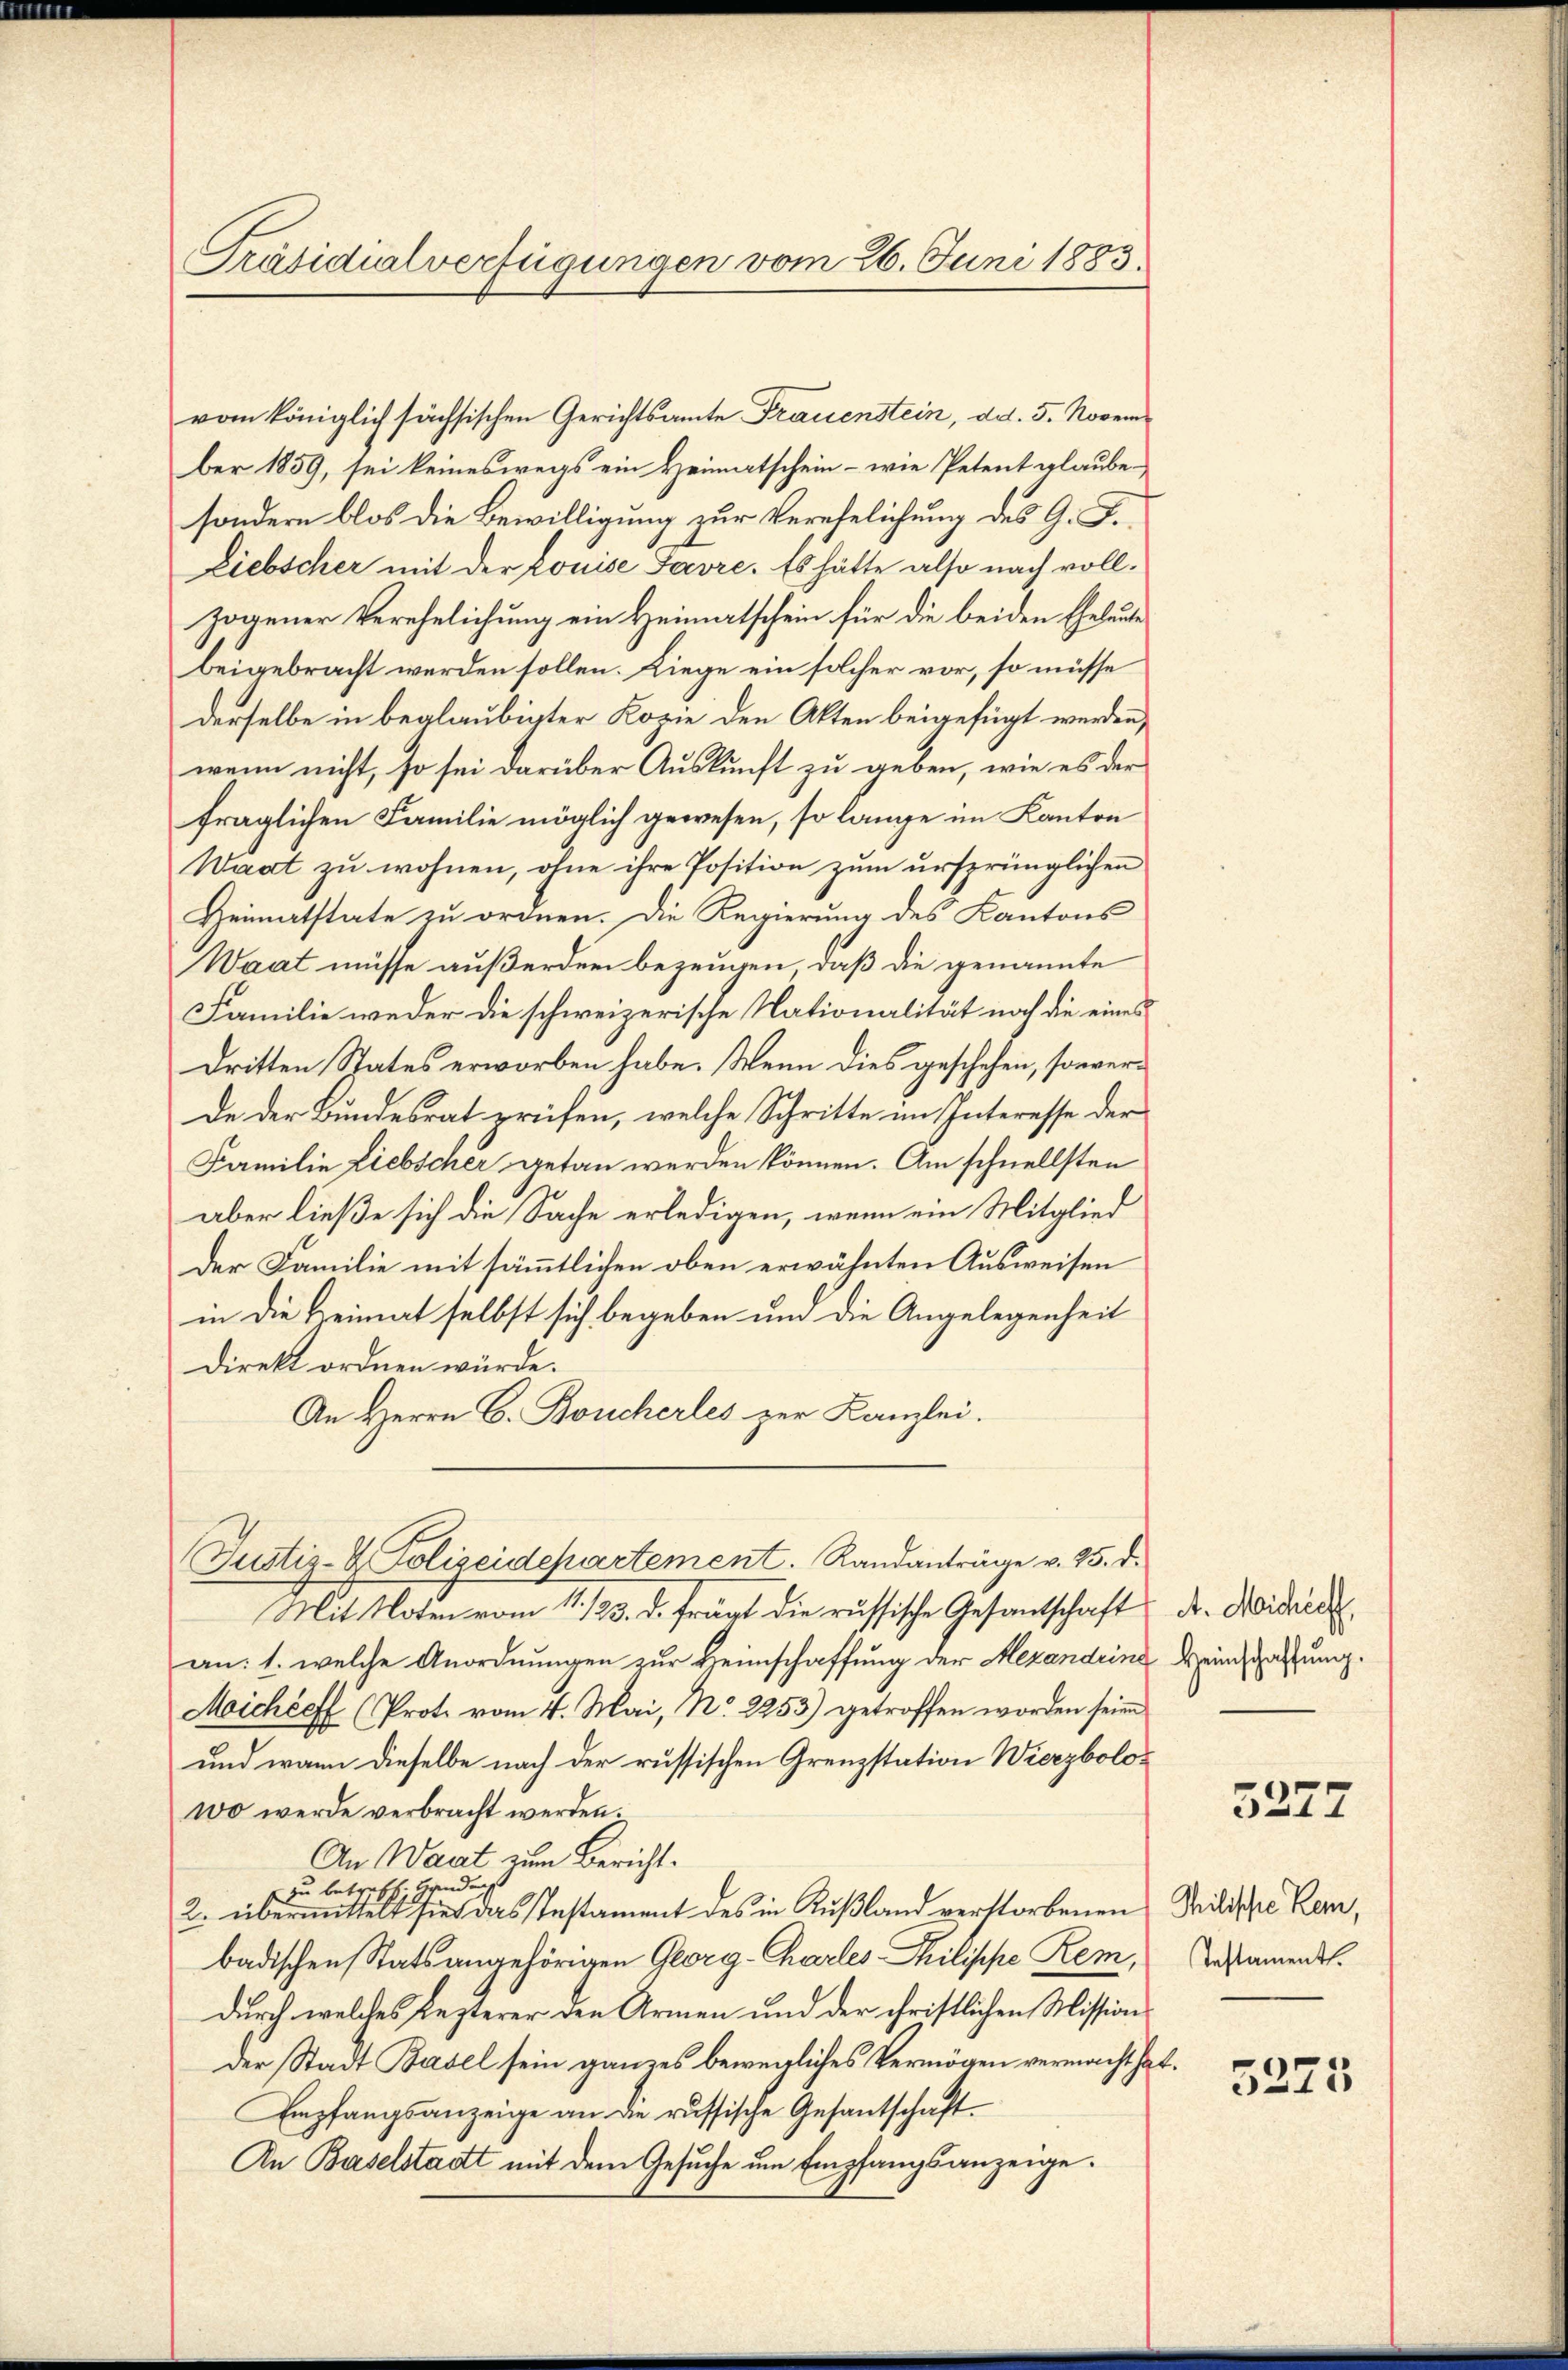
Präsidialverfügungen vom 26. Juni 1883.

ber 1859, sei keineswegs ein Heimatschein – wie Petent glaube-
sondern blos die Bewilligung zur Verehelichung des G. F.
Liebscher mit der Louise Favre. Es hätte also nach vollzogener Verehelichung ein Heimatschein für die beiden Eheleute
beigebracht werden sollen. Liege ein solcher vor, so müsse
derselbe in beglaubigter Kopie den Akten beigefügt werden,
wenn nicht, so sei darüber Auskunft zu geben, wie es der
fraglichen Familie möglich gewesen, so lange im Kanton
Waat zu wohnen, ohne ihre Position zum ursprünglichen
Heimatstate zu ordnen. Die Regierung des Kantons
Waat müsse außerden bezeugen, daß die genannte
Familie weder die schweizerische Nationalität noch die eines
Dritten States erworben habe. Wenn dies geschehen, sowerde der Bundesrat prüfen, welche Schritte im Interesse der
Familie Liebscher getan werden können. Am schnellsten
aber ließe sich die Sache erledigen, wenn ein Mitglied
Der Familie mit sämmtlichen oben erwähnten Ausweisen
in die Heimat selbst sich begeben um die Angelegenheit
direkt ordnen würde.
An Herrn C. Boucherles zur Kanzlei.

vom königlich sächsischen Gerichtsamte Frauenstein, dd. 5. Novem¬

Justiz- & Polizeidepartement. Randanträge v. 25. d.

Mit Noten vom 11. 123. d. frägt die russische Gesandtschaft Dr. Weidrech
an: 1. welche Anordnungen zur Heimschaffung der Alexandeine Weinschaffung.
Michéefl (Proto vom 4. Mai, N. 2253) getroffen worden seien
und wann dieselbe nach der russischen Grenzstation Wierybolowo werde verbracht werden.
An Waart zum Bericht.
zu betreff. Handers
2. übermittelt sie das Instament des in Rußland verstorbenen Kritische Kern,
badischen Stats angehörigen Georg-Charles Philippe Rem,
durch welches Lezterer den Armen und der christlichen Mission
der Stadt Basel sein ganzes bewegliches Vermögen vermacht hat.
Empfangsanzeige an die russische Gesantschaft.
In Baselstadt mit dem Gesuche um Empfangsanzeige.

3272

Testamentl.

5275